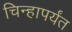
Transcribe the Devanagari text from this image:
चिन्हापर्यंत